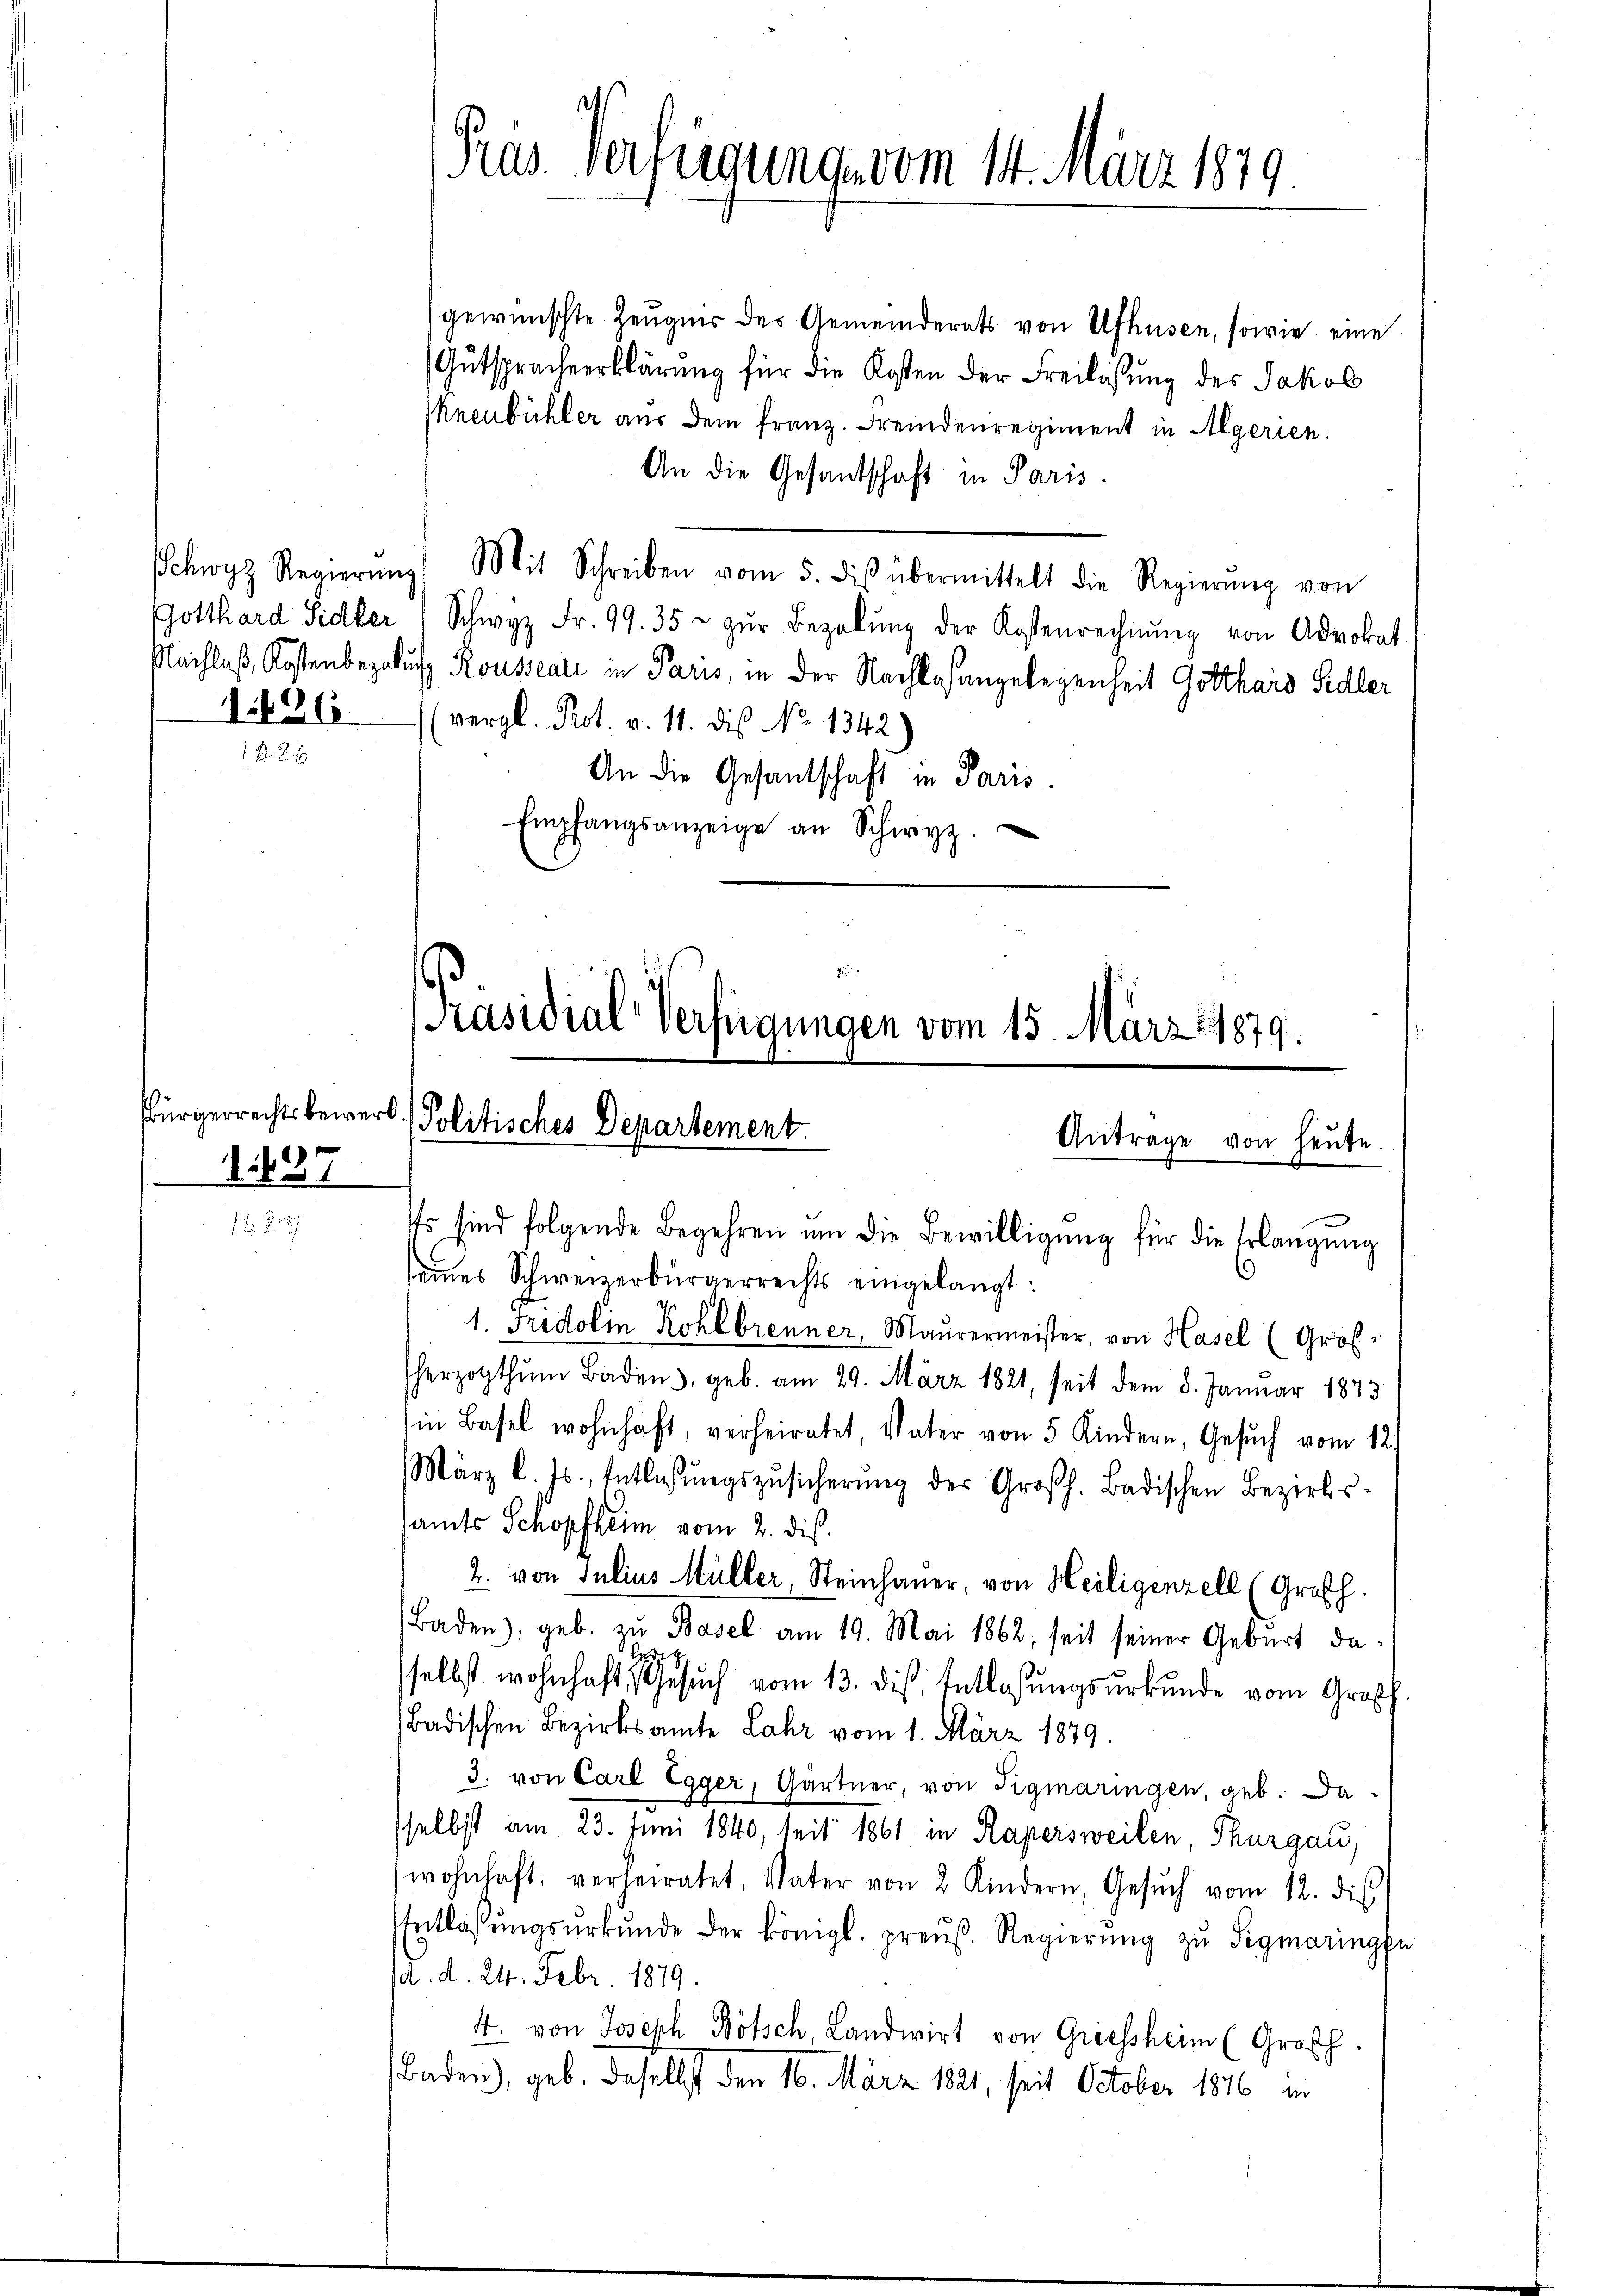
Gotthard Sidler
1. 426.

sbürgerrechtsbewerb
1437

gewünschte Zeugnis des Gemeinderats von Afhusen, sowie eine
Gutspracheerklärung für die Kosten der Freilassung des Jakob
knenbühler aus dem franz. Fremdenregiment in Algerien.
An die Gesandschaft in Paris.
Schwyz Regierŭng Mit Schreiben vom 5. diβ übermittelt die Regierŭng von
Schwyz Fr. 99. 35 u zŭr Bezahlŭng der Kostenrechnŭng von Advokat
Nachloß, Kostenbezalung Rousseati in Paris, in der Nachtesangelegenheit Gotthard Sidler
(vergl. Prot. v. 11. dis No 1342)
An die Gesandschaft in Paris.
Empfangsanzeige an Schwyz.

Präs. Verfügung vom 14. März 1879.

Präsidial-Verfügungen vom 15. März 1879.
Politisches Departement.
Antrage von heute.

Es sind folgende Begehren ŭm die Bewilligŭng für die Erlangung
seines Schweizerbürgerrechts eingelangt:
1. Fridolin Kohlbrenner, Maŭrermeister, von Hasel (Großherzogthum Baden, geb. am 29. März 1821, seit dem 8. Januar 1873
in Basel wohnhaft, verheiratet, Vater von 5 Kindern, Gesuch vom 12.
März l. Js., Entlassŭngszŭsicherŭng der Großh. Badischen Bezirks-
lamts Schopfheim vom 2. dis.
2. von Julius Müller, Steinhauer, von Heiligenzell (Großh.
Baden), geb. zu Basel am 19. Mai 1862, seit seiner Geburt daselbst wohnhaft, Gesuch vom 13. die Entlasungsurkunde vom Großh.
Badischen Bezirksamte Lahr vom 1. März 1879.
3. von Carl Egger, Gärtner, von Tigmaringen, geb. Da
selbst am 23. Juni 1840, seit 1861 in Kapersweilen, Thurgau,
wohnhaft, verheiratet, Vater von 2 Kindern, Gesŭch vom 12. die
Entlassŭngsŭrkŭnde der königl. preuß. Regierŭng zu Sigmaringen
(d. d. 24. Febr. 1879.
4. von Joseph Bötsch, Landwirt von Griessheim (Großh.
Baden), geb. Daselbst den 16. März 1821, seit October 1846 in